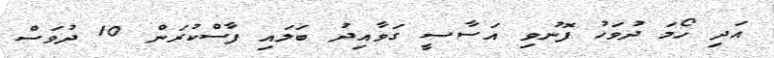
އަދި ހޯމަ ދުވަހު ފޮނުވި އަސާސީ ގަވާއިދު ބަލައި ފާސްކުރަން 10 ދުވަސް